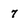
Character: 7